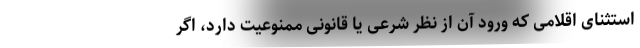
استثنای اقلامی که ورود آن از نظر شرعی یا قانونی ممنوعیت دارد، اگر